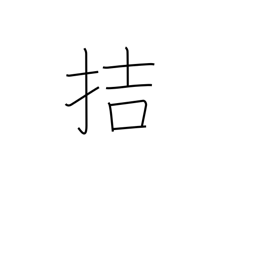
Meaning: be imminent